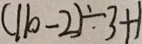
( 1 1 0 - 2 ) \div 3 + 1